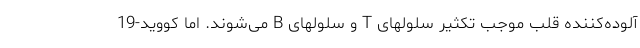
آلوده‌کننده قلب موجب تکثیر سلولهای T و سلولهای B می‌شوند. اما کووید-19